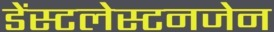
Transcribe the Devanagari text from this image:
डेंस्टलेस्टनजेन